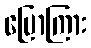
ပြောကြား